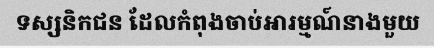
ទស្សនិកជន ដែលកំពុងចាប់អារម្មណ៍នាងមួយ